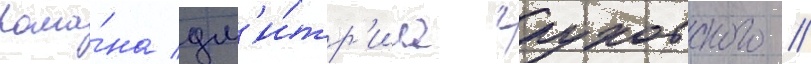
рома́на дм'и́тр'иа глуховского //